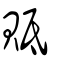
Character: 貾